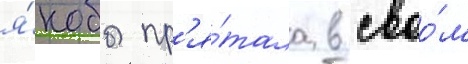
я́кобы пр'я́тала в своо́м